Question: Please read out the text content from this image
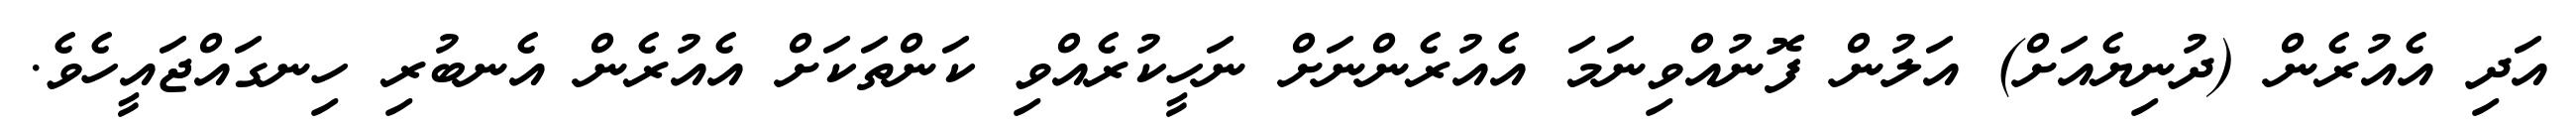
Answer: އަދި އެއުރެން (ދުނިޔެއަށް) އަލުން ފޮނުއްވިނަމަ އެއުރެންނަށް ނަހީކުރެއްވި ކަންތަކަށް އެއުރެން އެނބުރި ހިނގައްޖައީހެވެ.